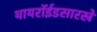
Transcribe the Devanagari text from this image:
थायरॉईडसारखे